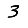
Digit: 3